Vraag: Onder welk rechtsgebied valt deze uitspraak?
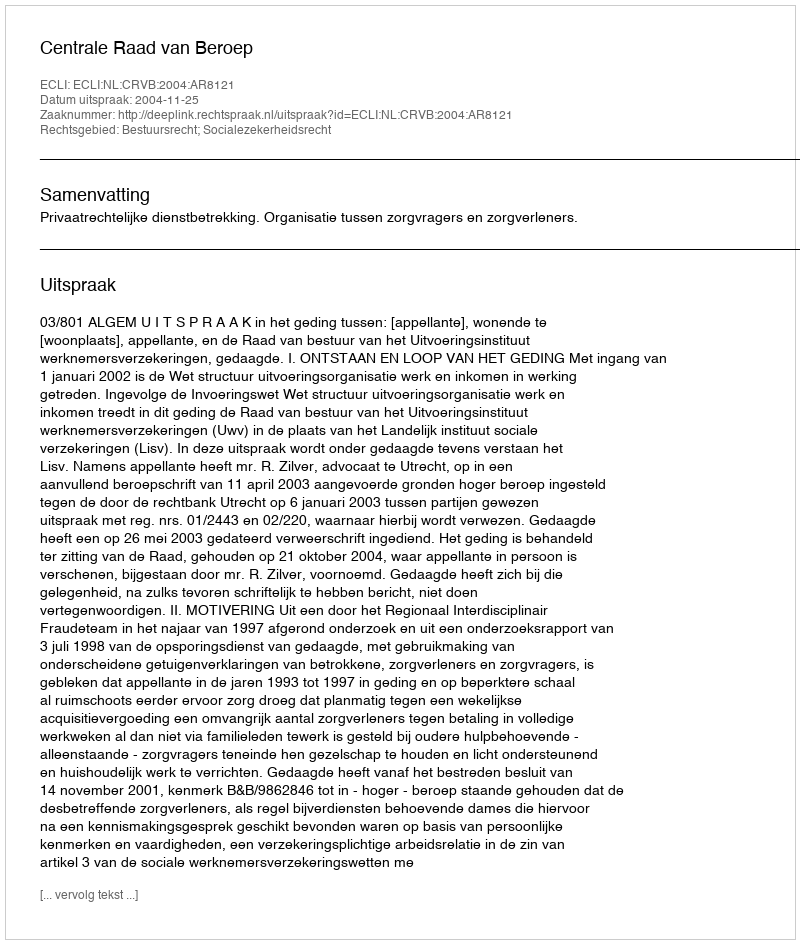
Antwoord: Bestuursrecht; Socialezekerheidsrecht